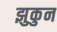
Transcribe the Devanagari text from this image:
झुकुन